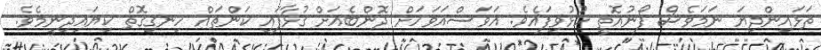
ތަޅައިންދިޔަ ނަމަވެސް ފޯނުއޮތީ ހުޅުވިފައެވެ. އަވަސްއަވަހަށް ދޮންބެއަށް ގުޅާފައި ކަންތައް ހިނގިގޮތް ކިޔައިދިނީމެވެ.